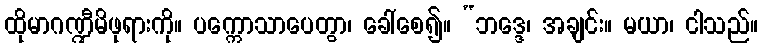
ထိုမာဂဏ္ဍီမိဖုရားကို။ ပက္ကောသာပေတွာ၊ ခေါ်စေ၍။ “ဘဒ္ဒေ၊ အချင်း။ မယာ၊ ငါသည်။